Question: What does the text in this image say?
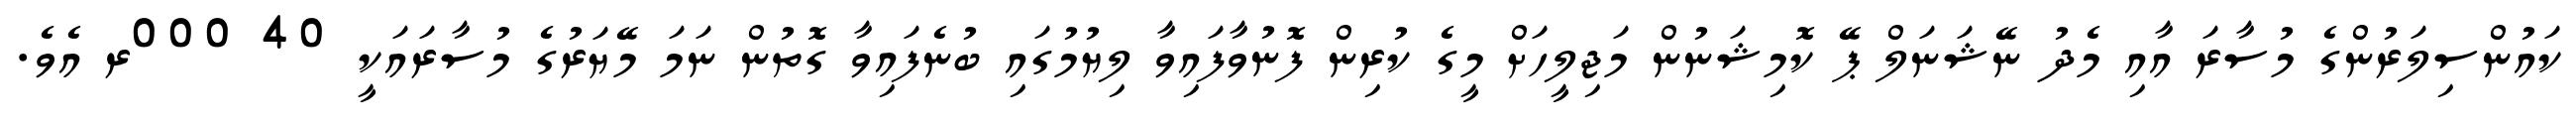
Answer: ކައުންސިލަރުންގެ މުސާރަ އާއި މެދު ނޭޝަނަލް ޕޭ ކޮމިޝަނުން މަޖިލީހަށް މީގެ ކުރިން ފޮނުވާފައިވާ ލިޔުމުގައި ބުނެފައިވާ ގޮތުން ނަމަ މޭޔަރުގެ މުސާރައަކީ 40 000ރ އެވެ.